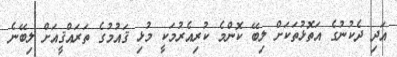
އަދި ދެކުނުގެ އަތޮޅުތަކަށް ލިބޭ ކޮންމެ ކުރިއެރުމަކީ މުޅި ޤައުމުގެ ތަރައްޤީއަށް ލިބޭނެ